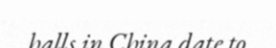
halls in China date to